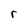
Character: r